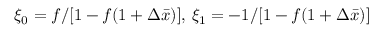
\xi _ { 0 } = f / [ 1 - f ( 1 + \Delta \bar { x } ) ] , \, \xi _ { 1 } = - 1 / [ 1 - f ( 1 + \Delta \bar { x } ) ]